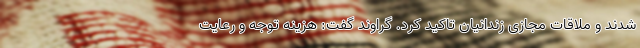
شدند و ملاقات مجازی زندانیان تاکید کرد. گراوند گفت: هزینه توجه و رعایت